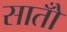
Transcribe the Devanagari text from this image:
सातोँ